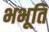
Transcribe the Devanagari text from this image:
भभूति